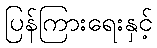
ပြန်ကြားရေးနှင့်